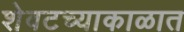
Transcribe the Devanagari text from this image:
शेवटच्याकाळात